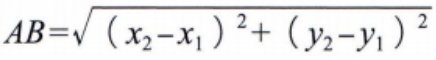
\(AB=\sqrt{(x_2 - x_1)^2+(y_2 - y_1)^2}\)